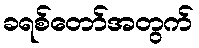
ခရစ်တော်အတွက်